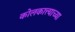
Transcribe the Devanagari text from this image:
कोलकात्त्याच्या